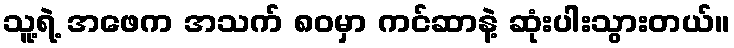
သူ့ရဲ့ အဖေက အသက် ၈၀မှာ ကင်ဆာနဲ့ ဆုံးပါးသွားတယ်။